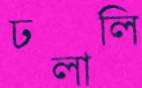
ঢলালি